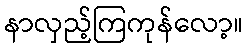
နာလှည့်ကြကုန်လော့။